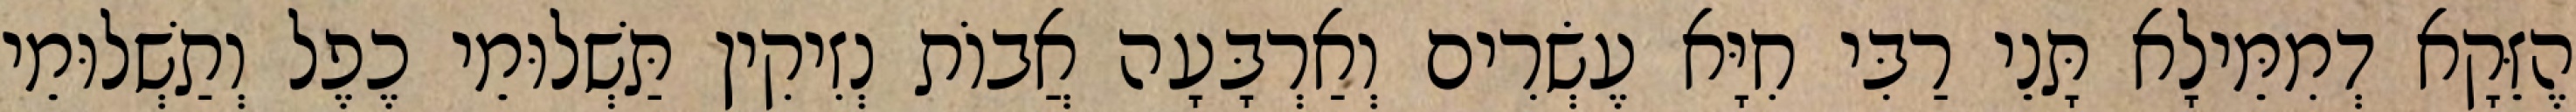
הֶזֵּקָא דְמִמֵּילָא תָּנֵי רַבִּי חִיָּא עֶשְׂרִים וְאַרְבָּעָה אֲבוֹת נְזִיקִין תַּשְׁלוּמֵי כֶפֶל וְתַשְׁלוּמֵי